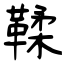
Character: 鞣